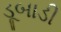
ડૂબાડી